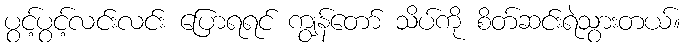
ပွင့်ပွင့်လင်းလင်း ပြောရရင် ကျွန်တော် သိပ်ကို စိတ်ဆင်းရဲသွားတယ်။